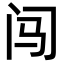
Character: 闯